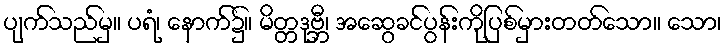
ပျက်သည်မှ။ ပရံ၊ နောက်၌။ မိတ္တဒုဗ္ဘီ၊ အဆွေခင်ပွန်းကိုပြစ်မှားတတ်သော။ သော၊